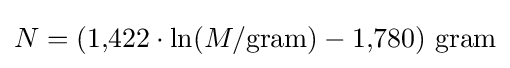
N=(1{,}422\cdot \ln(M/{\text{gram}})-1{,}780){\text{ gram}}